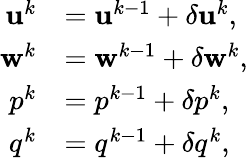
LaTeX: \begin{array}{rl}{\mathbf{u}^{k}}&{=\mathbf{u}^{k-1}+\delta\mathbf{u}^{k},}\\ {\mathbf{w}^{k}}&{=\mathbf{w}^{k-1}+\delta\mathbf{w}^{k},}\\ {p^{k}}&{=p^{k-1}+\delta p^{k},}\\ {q^{k}}&{=q^{k-1}+\delta q^{k},}\end{array}